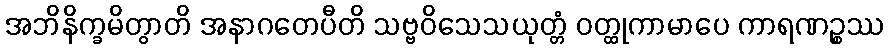
အဘိနိက္ခမိတွာတိ အနာဂတေပီတိ သဗ္ဗဝိသေသယုတ္တံ ဝတ္ထုကာမာပေ ကာရဏဉ္စဿ